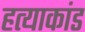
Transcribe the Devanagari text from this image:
हत्‍याकांड